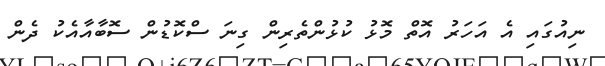
ނިއުގައި އެ އަހަރު އޮތް މޮޅު ކުޅުންތެރިން ގިނަ ސްކޮޑުން ސޮބާއާއެކު ދެން